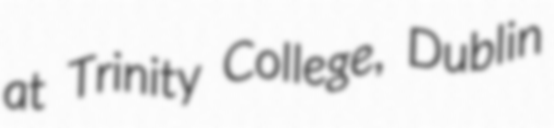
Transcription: at Trinity College, Dublin